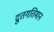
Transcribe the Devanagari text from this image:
द्रुतगतिमान